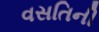
વસતિની